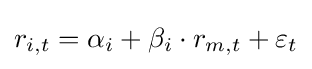
r_{i,t}=\alpha _{i}+\beta _{i}\cdot r_{m,t}+\varepsilon _{t}